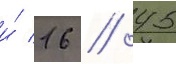
и́ 16 / 45